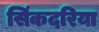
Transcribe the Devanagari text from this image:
सिंकदरिया